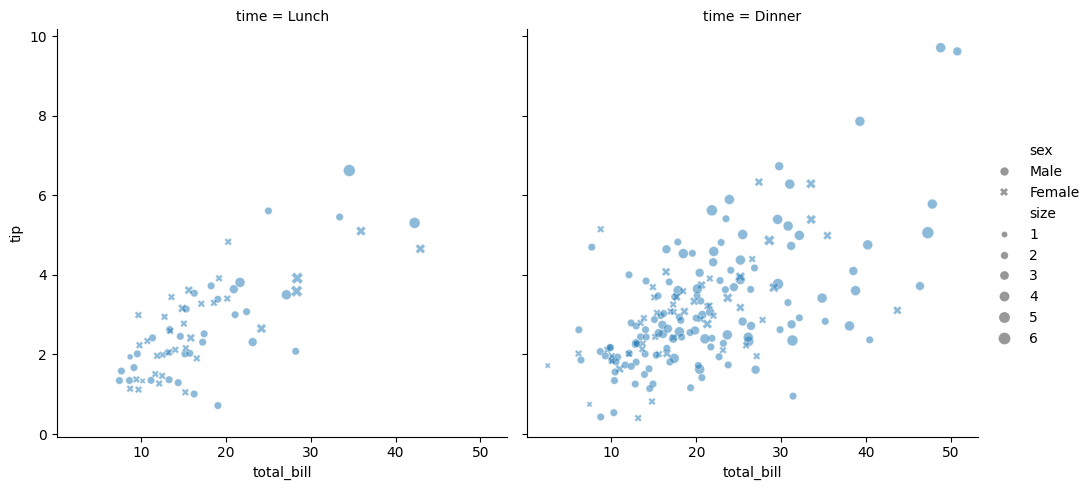
python, seaborn, relplot, alpha=0.5